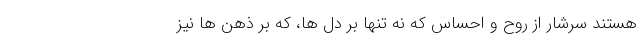
هستند سرشار از روح و احساس که نه تنها بر دل ها، که بر ذهن ها نیز